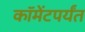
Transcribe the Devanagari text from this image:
कॉमेंटपर्यंत